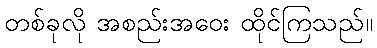
တစ်ခုလို အစည်းအဝေး ထိုင်ကြသည်။